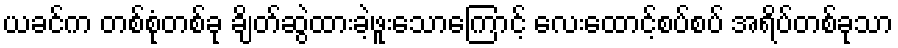
ယခင်က တစ်စုံတစ်ခု ချိတ်ဆွဲထားခဲ့ဖူးသောကြောင့် လေးထောင့်စပ်စပ် အရိပ်တစ်ခုသာ